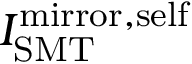
I _ { \mathrm { S M T } } ^ { \mathrm { m i r r o r , s e l f } }